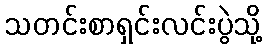
သတင်းစာရှင်းလင်းပွဲသို့